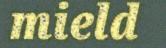
mield